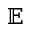
\mathbb { E }